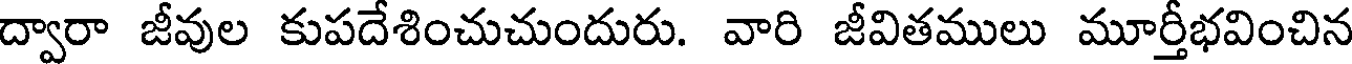
ద్వారా జీవుల కుపదేశించుచుందురు. వారి జీవితములు మూర్తీభవించిన